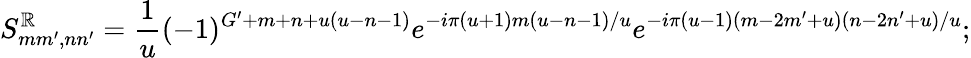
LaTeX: S_{mm^{\prime},nn^{\prime}}^{\mathbb{R}}=\frac{{1}}{{u}}(-1)^{G^{\prime}+m+n+u(u-n-1)}e^{-i\pi(u+1)m(u-n-1)/u}e^{-i\pi(u-1)(m-2m^{\prime}+u)(n-2n^{\prime}+u)/u};